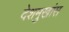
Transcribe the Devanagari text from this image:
देशमुखांस